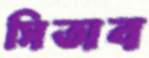
সিতাব